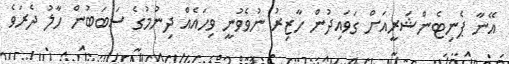
އޭނާ ޕެނިޓެންޝަރީއަށް ގަވައިދުން ހާޒިރު ނުވެވުނީ ވިހައެއް ދިނުމުގެ ސަބަބުން ހާލު ދެރަވެ